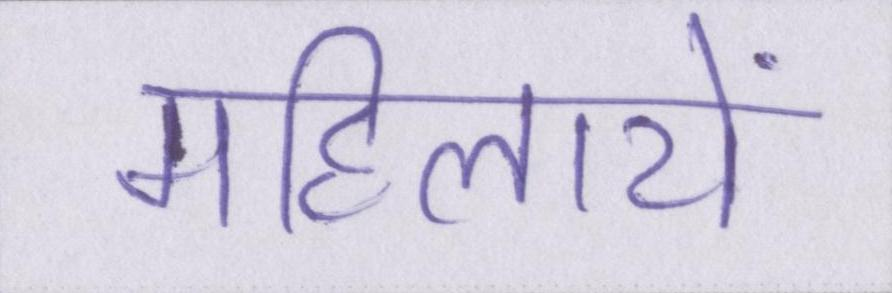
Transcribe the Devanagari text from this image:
महिलायें